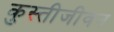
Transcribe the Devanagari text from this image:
कुस्तीजीवन